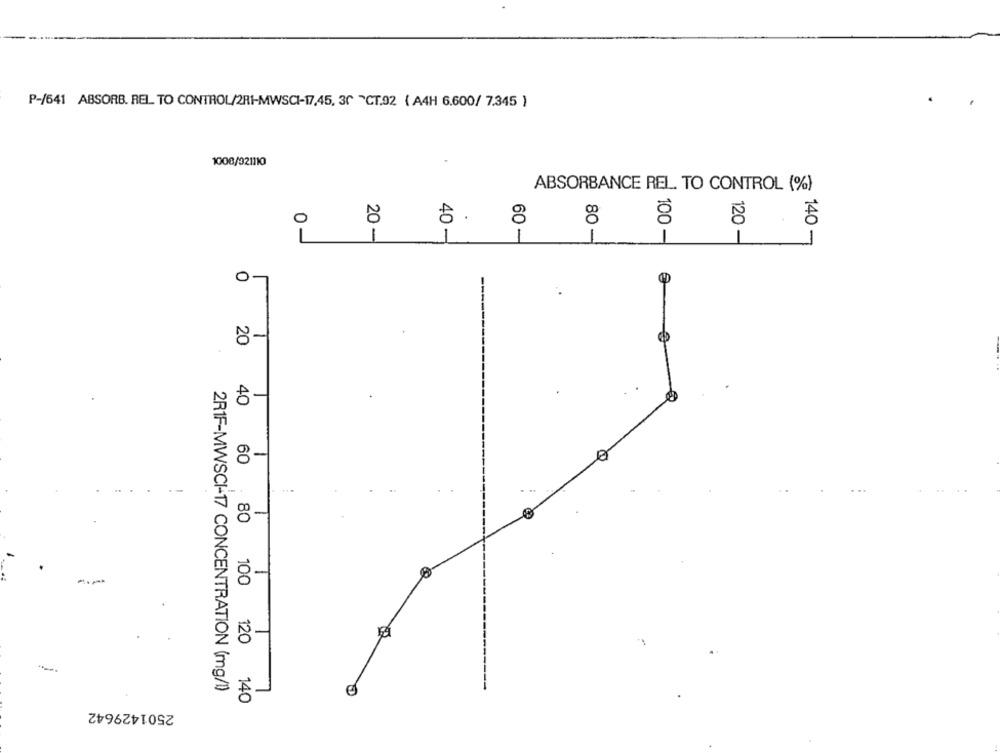
P-/641 ABSORB. REL TO CONTROL/2RI-MWSCI-17,45, 30 "CT.92 ( A4H 6.600/ 7.345 )
1006/921110
ABSORBANCE REL. TO CONTROL (%)
120 -
140 -
1
20 -
40 -
1
60-
1
100 -
0 -
80 -
0-
0
8-
40
8-
60
8-
2R1F-MWSCI-17 CONCENTRATION (mg/l)
5 -
80 100 120 140
2501429642